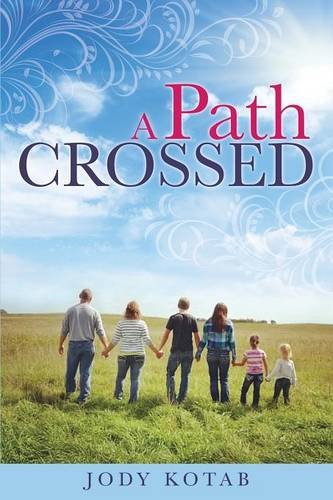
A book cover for A Path Crossed; Jody Kotab; Parenting & Relationships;